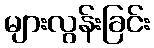
များလွန်းခြင်း